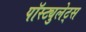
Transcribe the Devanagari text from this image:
पॉस्ट्युलेट्स